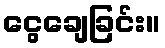
ငွေချေခြင်း။